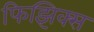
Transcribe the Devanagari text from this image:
फिझिक्स